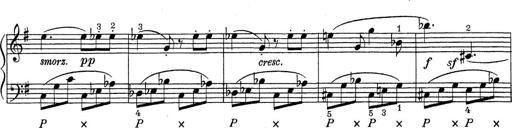
Title: ÄŒeskÃ© Sonatiny
Composer: Various